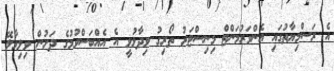
އެ ރަސްމިޔާތުގައި އެންވަރުމަންޓް މިނިސްޓަރު ތޯރިގު ވިދާޅުވީ އެ އެއްބަސްވުމުގެ ދަށުން ވިލިމާލޭ